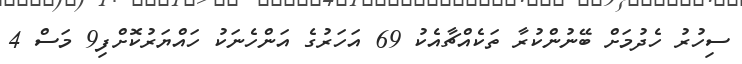
ސިހުރު ހެދުމަށް ބޭނުންކުރާ ތަކެއްޗާއެކު 69 އަހަރުގެ އަންހެނަކު ހައްޔަރުކޮށްފި9 މަސް 4